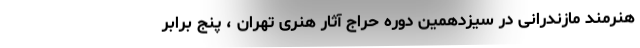
هنرمند مازندرانی در سیزدهمین دوره حراج آثار هنری تهران ، پنج برابر